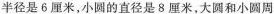
半径是 6 厘米，小圆的直径是 8 厘米，大圆和小圆周